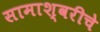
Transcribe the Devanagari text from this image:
सामाश्वरीचे